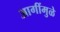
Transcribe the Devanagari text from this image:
आगींमुळे